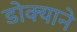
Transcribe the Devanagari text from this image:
डोक्याने